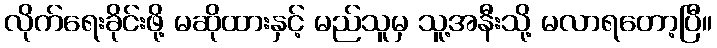
လိုက်ရေးခိုင်းဖို့ မဆိုထားနှင့် မည်သူမှ သူ့အနီးသို့ မလာရတော့ပြီ။